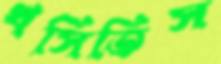
খসিতিস